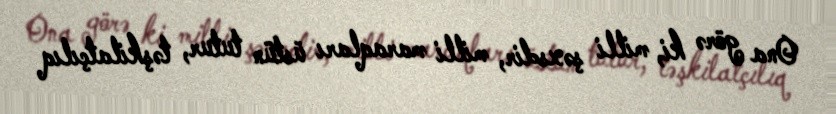
Ona görə ki, milli şəxsdir, milli maraqları üstün tutur, təşkilatçılıq